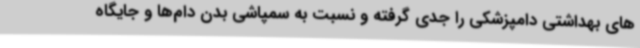
های بهداشتی دامپزشکی را جدی گرفته و نسبت به سمپاشی بدن دام‌ها و جایگاه